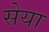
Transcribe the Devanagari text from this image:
सेया